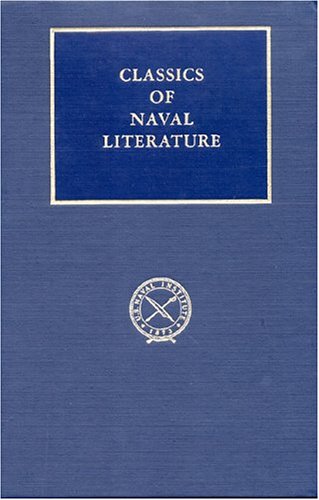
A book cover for The Wreck of the Memphis (Classics of Naval Literature); Edward Latimer Beach; Travel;